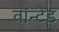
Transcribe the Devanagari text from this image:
वाॅन्टेड